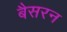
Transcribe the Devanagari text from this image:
बैसरन